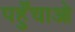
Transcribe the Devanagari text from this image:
पहुँचाओ